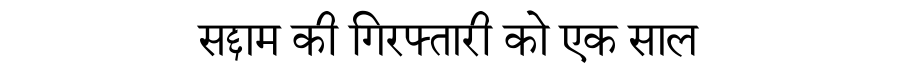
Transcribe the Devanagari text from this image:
सद्दाम की गिरफ्तारी को एक साल